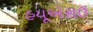
હયૂએરાઉ